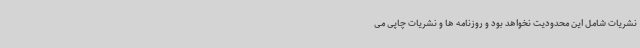
نشریات شامل این محدودیت نخواهد بود و روزنامه ها و نشریات چاپی می